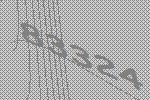
83324